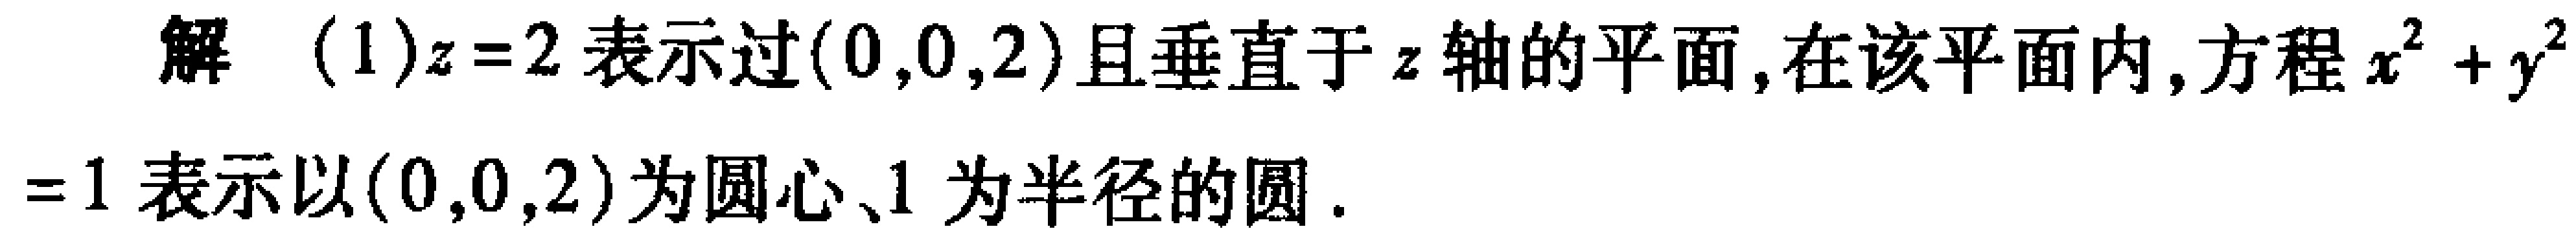
解 (1)\(z = 2\)表示过\((0,0,2)\)且垂直于 \(z\)轴的平面, 在该平面内, 方程\(x^{2}+y^{2}=1\)表示以\((0,0,2)\)为圆心、\(1\) 为半径的圆.